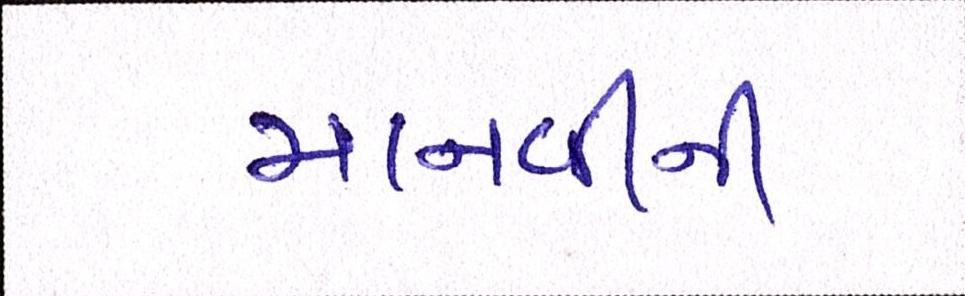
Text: માનવીની